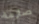
صارمة